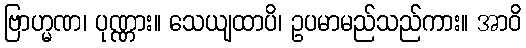
ဗြာဟ္မဏ၊ ပုဏ္ဏား။ သေယျထာပိ၊ ဥပမာမည်သည်ကား။ အာဝိ